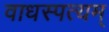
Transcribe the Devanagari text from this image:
वाधस्पत्यम्